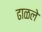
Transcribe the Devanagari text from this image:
ढाळले